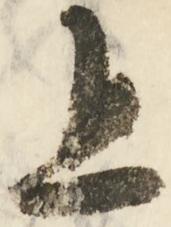
且